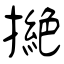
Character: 撧